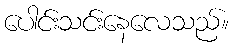
ပေါင်းသင်းနေလေသည်။